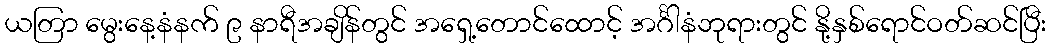
ယတြာ မွေးနေ့နံနက် ၉ နာရီအချိန်တွင် အရှေ့တောင်ထောင့် အင်္ဂါနံဘုရားတွင် နို့နှစ်ရောင်ဝတ်ဆင်ပြီး